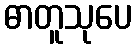
ဓာတူသုပေ